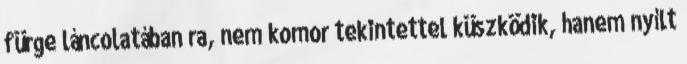
fürge láncolatában ra, nem komor tekintettel küszködik, hanem nyílt